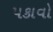
પકાવો